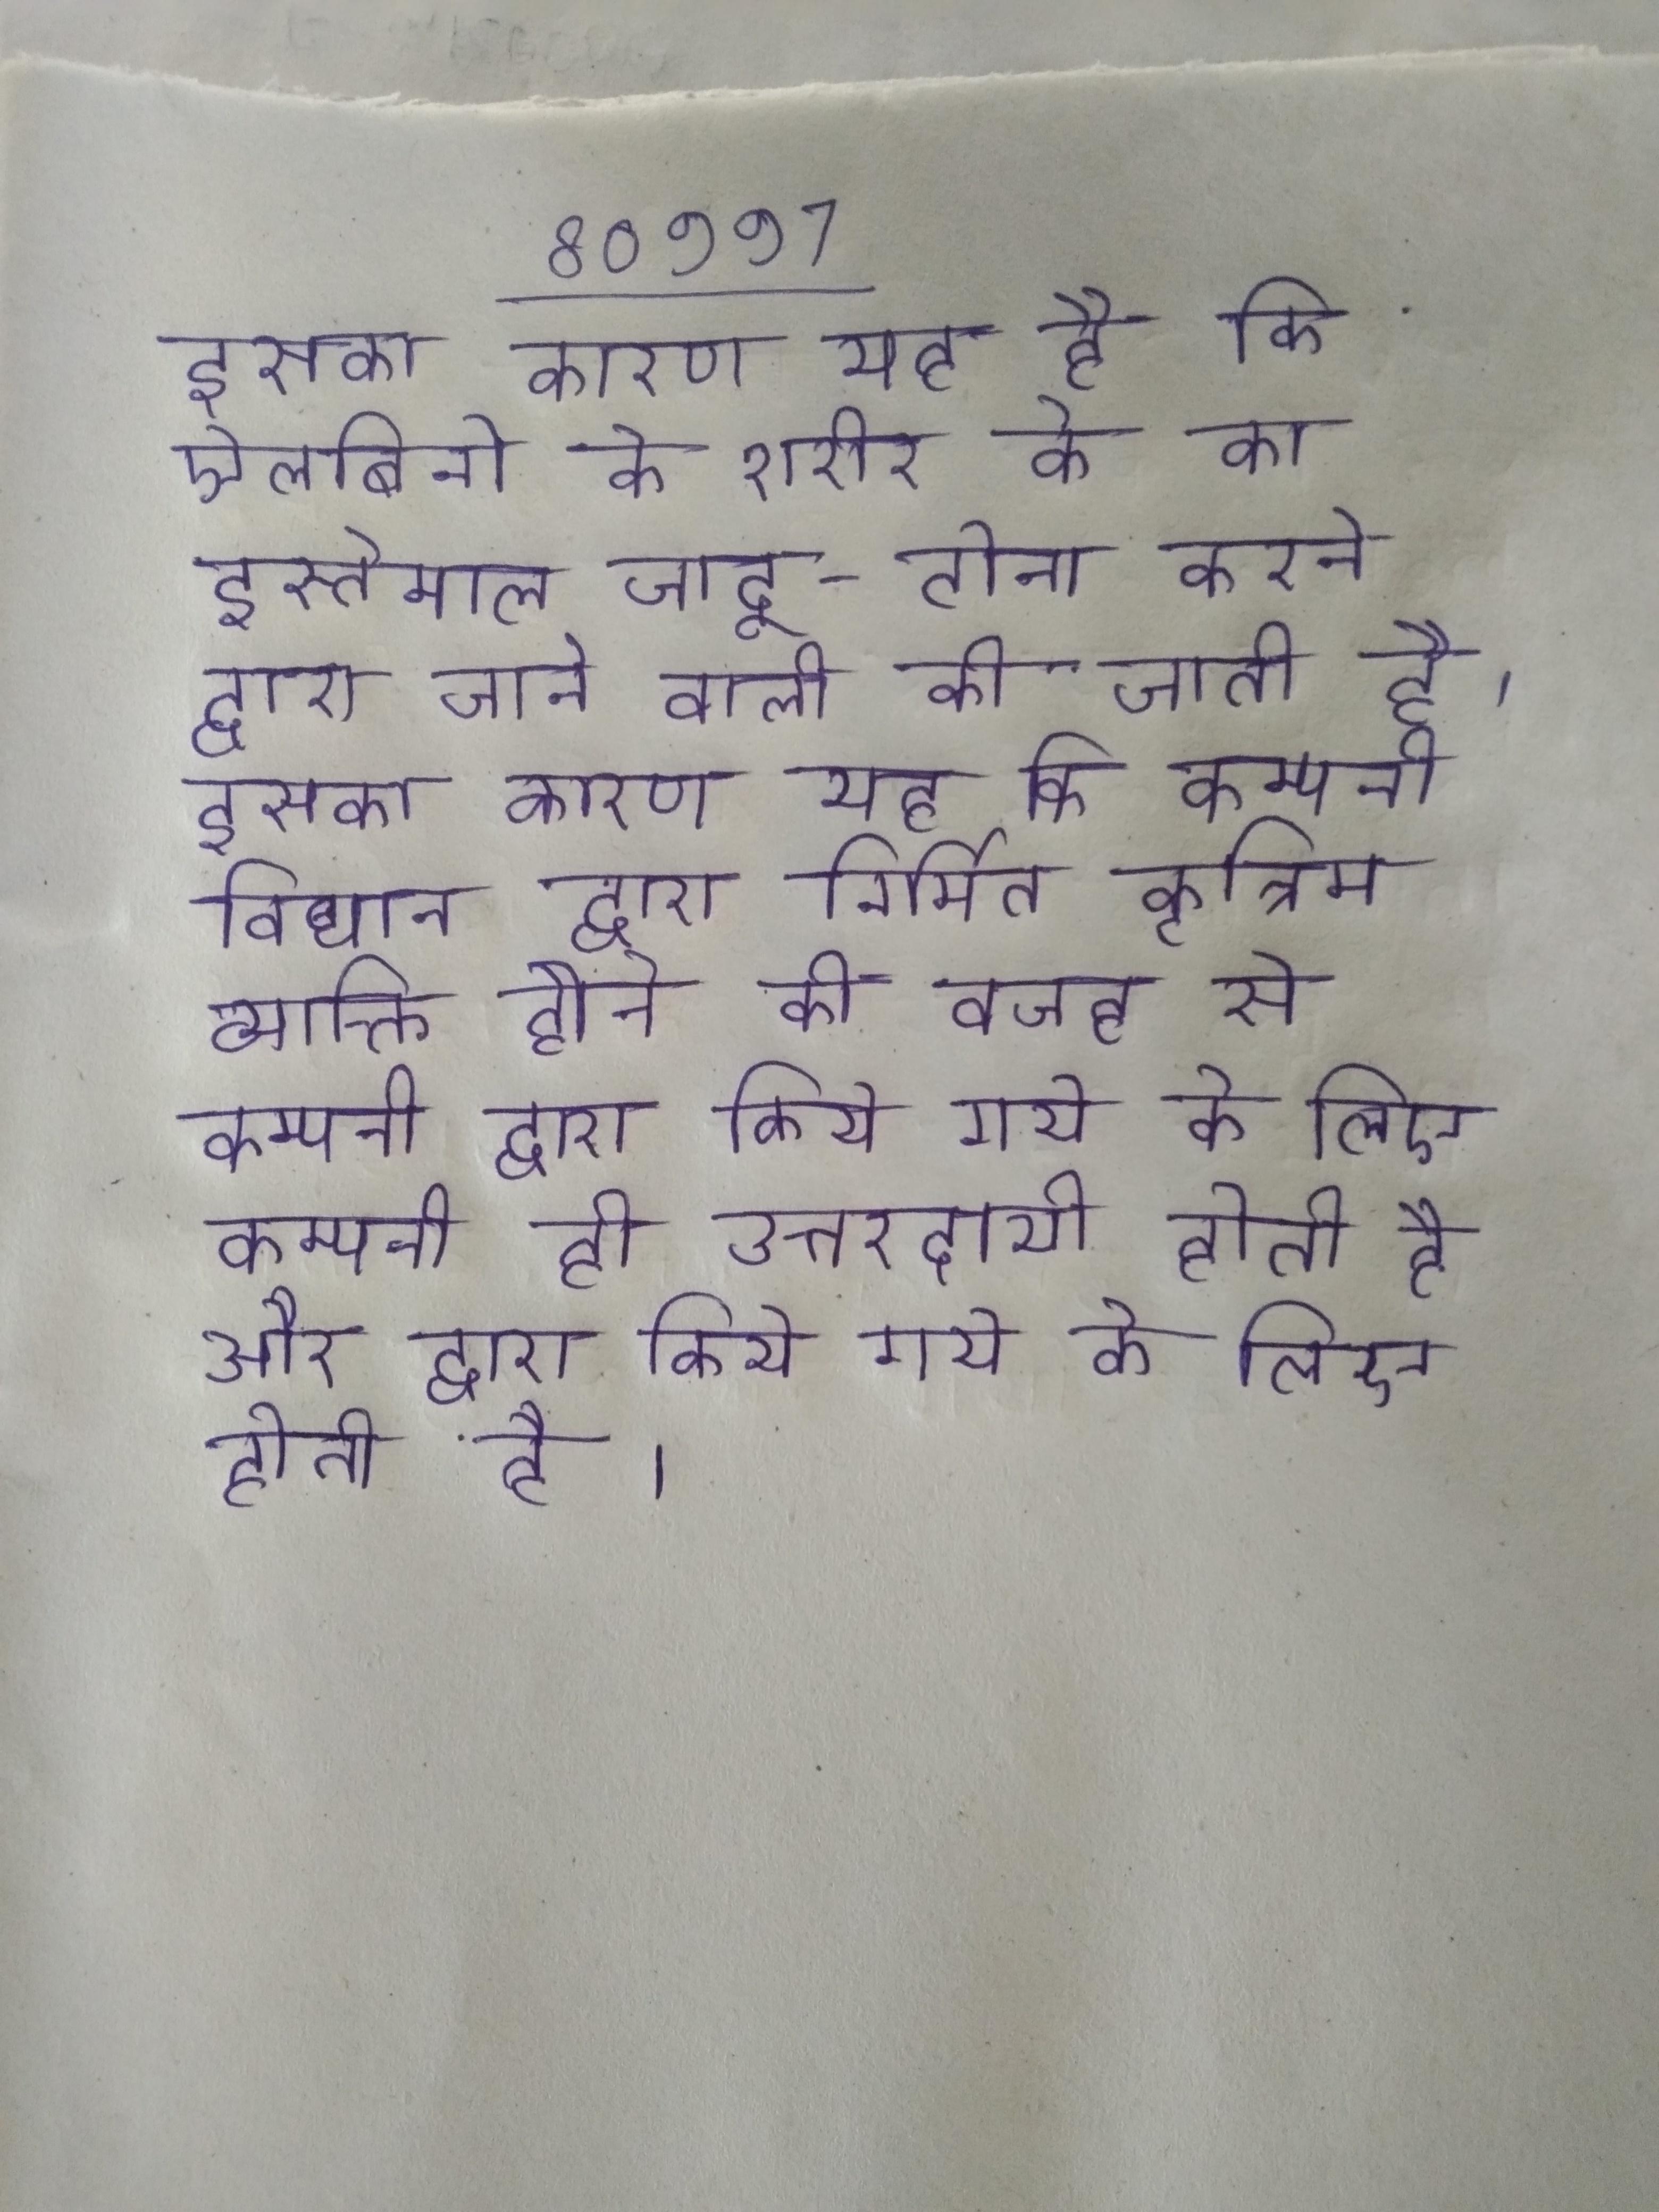
इसका कारण यह है कि ऐलबिनो के शरीर के का इस्तेमाल जादू-टोना करने द्वारा जाने वाली की जाती है । इसका कारण यह है कि कम्पनी विधान द्वारा निर्मित कृत्रिम व्यक्ति होने की वजह से कम्पनी द्वारा किये गये के लिए कम्पनी ही उत्तरदायी होती है और द्वारा किये गये के लिए होती है ।